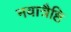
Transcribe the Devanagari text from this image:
नवात्रैष्टि